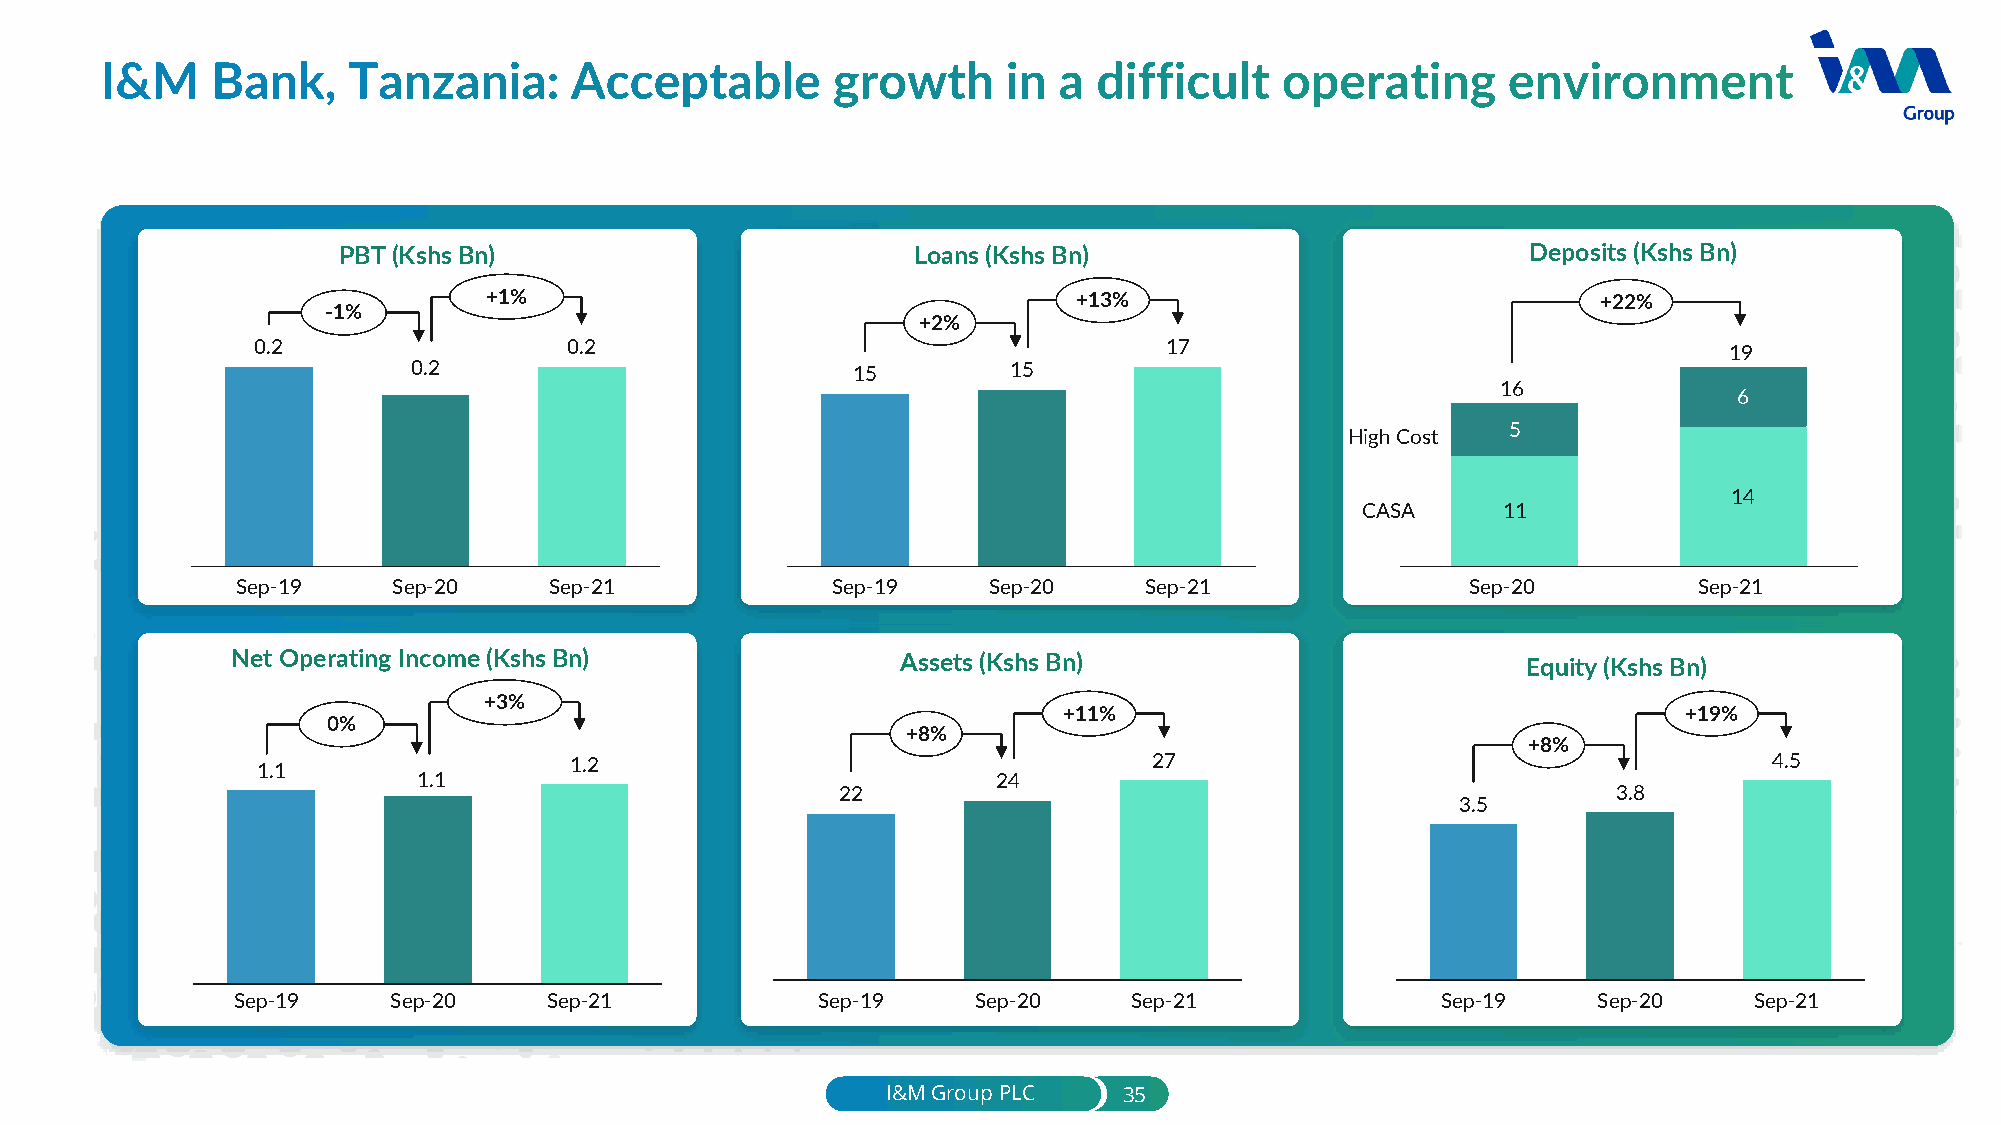
PBT(Kshs Bn)                           Loans(Kshs Bn)                          Deposits (Kshs Bn)
 +1%                                    +13%                               +22%
 -1%
 +2%
 0.2                  0.2                                    17                                   19
 0.2                          15         15
 16
 6
 5
 High Cost
 14
 CASA     11
 Sep-19    Sep-20    Sep-21             Sep-19    Sep-20     Sep-21               Sep-20         Sep-21
 Net Operating Income (KshsBn)                Assets(Kshs Bn)                          Equity (Kshs Bn)
 +3%
 +11%                                      +19%
 0%
 +8%
 +8%
 1.1                  1.2                                   27                                       4.5
 1.1                                   24
 22                                                 3.8
 3.5
 Sep-19     Sep-20    Sep-21            Sep-19     Sep-20    Sep-21              Sep-19     Sep-20    Sep-21
 I&M Group PLC  35